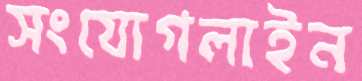
সংযোগলাইন